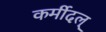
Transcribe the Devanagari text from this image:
कर्मीदल्